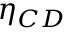
\eta _ { C D }